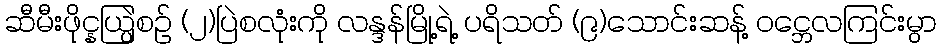
ဆီမီးဖိုင္နယ္ပြဲစဉ် (၂)ပြဲစလုံးကို လန္ဒန်မြို့ရဲ့ ပရိသတ် (၉)သောင်းဆန့် ဝင္ဘေလကြင်းမွာ